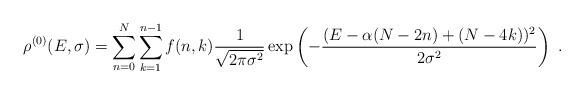
LaTeX: \begin{align*}\rho^{(0)}(E,\sigma)=\sum_{n=0}^N\sum_{k=1}^{n-1}f(n,k)\frac{1}{\sqrt{2\pi \sigma^2}}\exp\left ( -\frac{(E-\alpha(N-2n)+(N-4k))^2}{2\sigma^2}\right )\ .\end{align*}